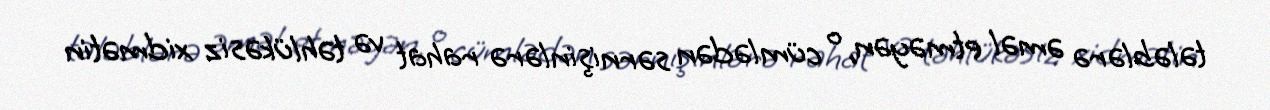
tələblərə əməl etməyən, o cümlədən sərnişinlərə rahat və təhlükəsiz xidmətin